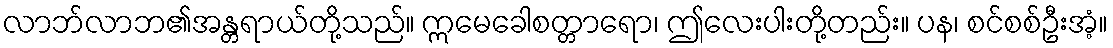
လာဘ်လာဘ၏အန္တရာယ်တို့သည်။ ဣမေခေါစတ္တာရော၊ ဤလေးပါးတို့တည်း။ ပန၊ စင်စစ်ဦးအံ့။